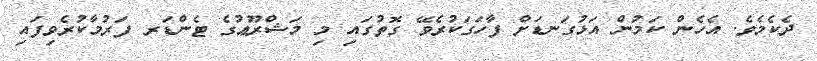
ދެކެމެވެ. އެހެން ކަމުން އަޅުގަނޑަށް ފާހަގަކުރެވޭ ގޮތުގައި މި މަޝްރޫޢުގެ ޓެންޑަރ ފަރުމާކުރެވިފައި